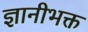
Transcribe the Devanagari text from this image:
ज्ञानीभक्त